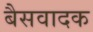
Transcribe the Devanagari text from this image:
बैसवादक